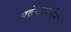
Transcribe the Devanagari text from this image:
भद्रेश्वरवर्मन्